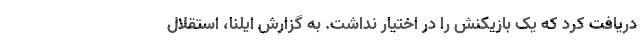
دریافت کرد که یک بازیکنش را در اختیار نداشت. به گزارش ایلنا، استقلال